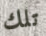
تلك